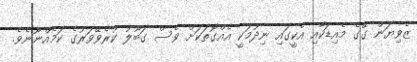
ޒެވިޔަން ގޭގެ މެއިޑަކާއި އެކީގައި ނިދުމަކީ އެއްގޮތަކަށް ވެސް ގަބޫލު ކުރެވޭވަރުގެ ކަމެއްނޫނެވެ.